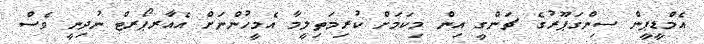
އެމްޑީޕީން ސިންގަޕޫރުގެ ޗަންގީ އިން މިކަމަށް ކުރިމަތިލީމާ އެމީހުންނަށް އެއާރޕޯރޓް ނުދިނީ ވެސް